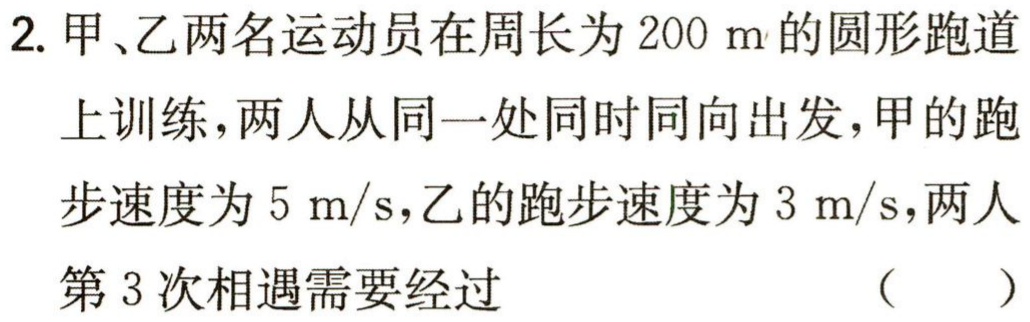
2. 甲、乙两名运动员在周长为 \(200\mathrm{ m}\) 的圆形跑道
上训练，两人从同一处同时同向出发，甲的跑
步速度为 \(5\mathrm{ m/s}\)，乙的跑步速度为 \(3\mathrm{ m/s}\)，两人
第 3 次相遇需要经过  （  ）